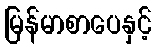
မြန်မာစာပေနှင့်